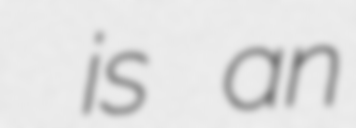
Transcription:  is an